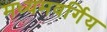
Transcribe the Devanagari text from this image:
मध्यमवर्गिय